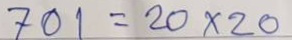
701 = 20 x 20